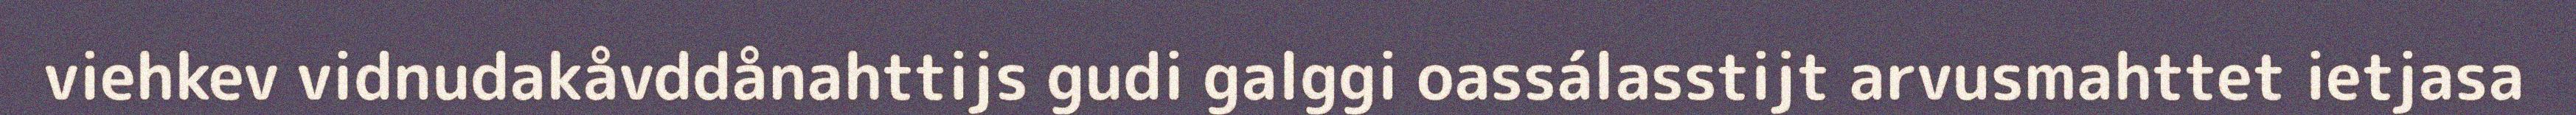
viehkev vidnudakåvddånahttijs gudi galggi oassálasstijt arvusmahttet ietjasa